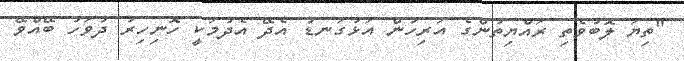
"ތިޔަ ލޮބުވެތި ރައްޔިތުންގެ އަރިހުން އަޅުގަނޑު އެދޭ އެދުމަކީ ހޮނިހިރު ދުވަހު ބޭއްވޭ